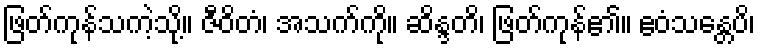
ဖြတ်ကုန်သကဲ့သို့။ ဇီဝိတံ၊ အသက်ကို။ ဆိန္ဒတိ၊ ဖြတ်ကုန်၏။ ဧဝံသန္တေပိ၊